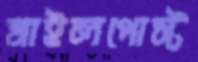
মাইলপোস্ট